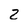
Character: 2